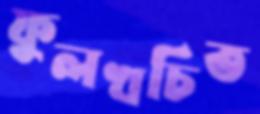
ফুলখচিত